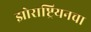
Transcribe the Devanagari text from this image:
झोराष्ट्रियनचा